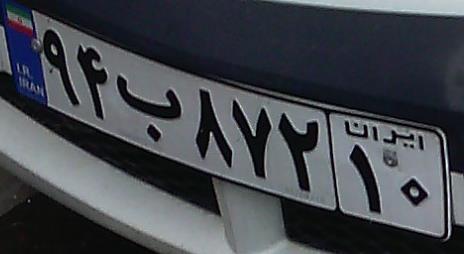
۹۴ب۸۷۲۱۰